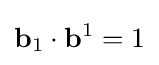
\mathbf {b} _{1}\cdot \mathbf {b} ^{1}=1